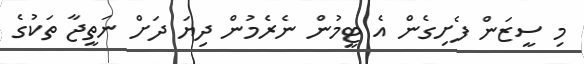
މި ސީޒަން ފެށިގެން އެ ޓީމުން ނެރެމުން ދިޔަ ދަށް ނަތީޖާ ތަކުގެ